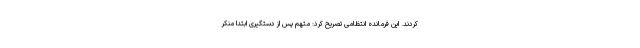
کردند. این فرمانده انتظامی تصریح کرد: متهم پس از دستگیری ابتدا منکر